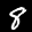
Label: 8